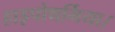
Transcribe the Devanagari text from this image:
हाइपोथर्मिया।